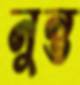
নুন্ত